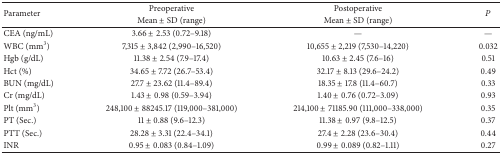
| <ROWSPAN=2> Parameter | Preoperative | Postoperative | <ROWSPAN=2> P |
 | Mean ± SD (range) | Mean ± SD (range) |
 | --- | --- | --- | --- |
 | CEA (ng/mL) | 3.66 ± 2.53 (0.72–9.18) | — | — |
 | WBC (mm3) | 7,315 ± 3,842 (2,990–16,520) | 10,655 ± 2,219 (7,530–14,220) | 0.032 |
 | Hgb (g/dL) | 11.38 ± 2.54 (7.9–17.4) | 10.63 ± 2.45 (7.6–16) | 0.51 |
 | Hct (%) | 34.65 ± 7.72 (26.7–53.4) | 32.17 ± 8.13 (29.6–24.2) | 0.49 |
 | BUN (mg/dL) | 27.7 ± 23.62 (11.4–89.4) | 18.35 ± 17.8 (11.4–60.7) | 0.33 |
 | Cr (mg/dL) | 1.43 ± 0.98 (0.59–3.94) | 1.40 ± 0.76 (0.72–3.09) | 0.93 |
 | Plt (mm3) | 248,100 ± 88245.17 (119,000–381,000) | 214,100 ± 71185.90 (111,000–338,000) | 0.35 |
 | PT (Sec.) | 11 ± 0.88 (9.6–12.3) | 11.38 ± 0.97 (9.8–12.5) | 0.37 |
 | PTT (Sec.) | 28.28 ± 3.31 (22.4–34.1) | 27.4 ± 2.28 (23.6–30.4) | 0.44 |
 | INR | 0.95 ± 0.083 (0.84–1.09) | 0.99 ± 0.089 (0.82–1.11) | 0.27 |